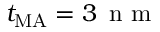
t _ { \mathrm { M A } } = 3 \, \textrm { n m }